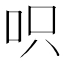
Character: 呮